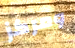
ومركز